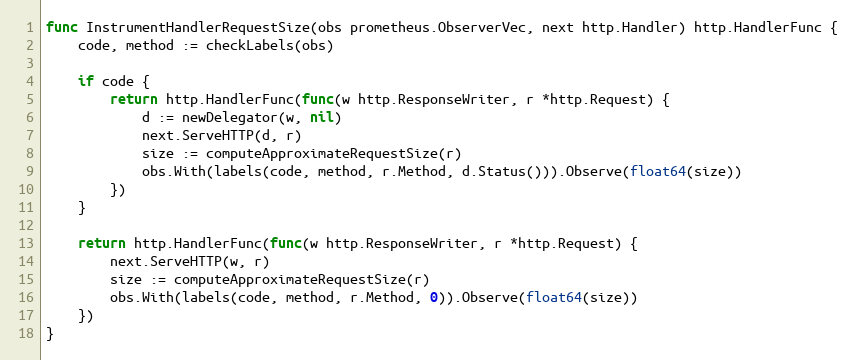
Language: Go
func InstrumentHandlerRequestSize(obs prometheus.ObserverVec, next http.Handler) http.HandlerFunc {
	code, method := checkLabels(obs)

	if code {
		return http.HandlerFunc(func(w http.ResponseWriter, r *http.Request) {
			d := newDelegator(w, nil)
			next.ServeHTTP(d, r)
			size := computeApproximateRequestSize(r)
			obs.With(labels(code, method, r.Method, d.Status())).Observe(float64(size))
		})
	}

	return http.HandlerFunc(func(w http.ResponseWriter, r *http.Request) {
		next.ServeHTTP(w, r)
		size := computeApproximateRequestSize(r)
		obs.With(labels(code, method, r.Method, 0)).Observe(float64(size))
	})
}